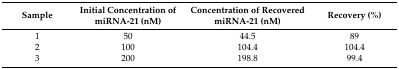
<table><thead><tr><td><b>Sample</b></td><td><b>Initial Concentration of miRNA-21 (nM)</b></td><td><b>Concentration of Recovered miRNA-21 (nM)</b></td><td><b>Recovery (%)</b></td></tr></thead><tbody><tr><td>1</td><td>50</td><td>44.5</td><td>89</td></tr><tr><td>2</td><td>100</td><td>104.4</td><td>104.4</td></tr><tr><td>3</td><td>200</td><td>198.8</td><td>99.4</td></tr></tbody></table>